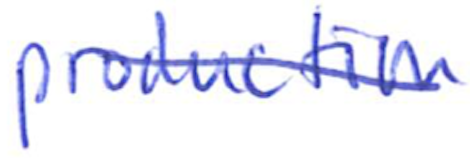
Text: production
Cross-out: mix
Writing tool: ballpoint